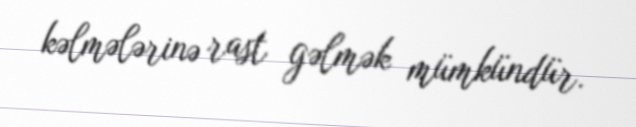
kəlmələrinə rast gəlmək mümkündür.